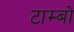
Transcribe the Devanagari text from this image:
टाम्बो